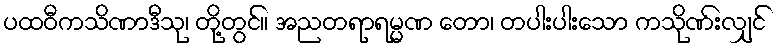
ပထဝီကသိဏာဒီသု၊ တို့တွင်။ အညတရာရမ္မဏ တော၊ တပါးပါးသော ကသိုဏ်းလျှင်